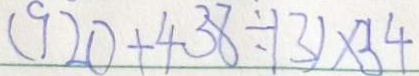
( 9 2 0 + 4 3 8 \div 1 3 ) \times 3 4